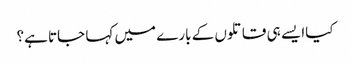
کیاا یسے ہی قاتلوں کے بارے میں کہا جاتا ہے؟